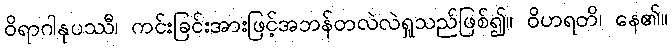
ဝိရာဂါနုပဿီ၊ ကင်းခြင်းအားဖြင့်အဘန်တလဲလဲရှုသည်ဖြစ်၍။ ဝိဟရတိ၊ နေ၏။